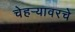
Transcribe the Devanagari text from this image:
चेहर्‍यावरचे